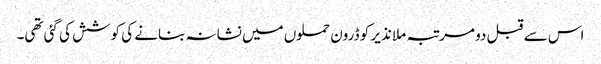
اس سے قبل دو مرتبہ ملا نذیر کو ڈرون حملوں میں نشانہ بنانے کی کوشش کی گئی تھی۔